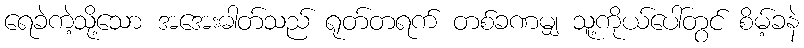
ရေခဲကဲ့သို့သော အအေးဓါတ်သည် ရုတ်တရက် တစ်ခဏမျှ သူ့ကိုယ်ပေါ်တွင် စိမ့်ခနဲ